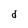
Character: d